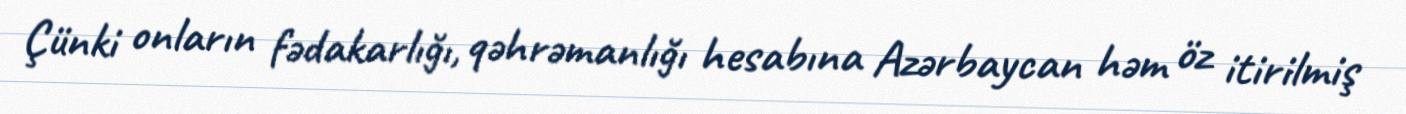
Çünki onların fədakarlığı, qəhrəmanlığı hesabına Azərbaycan həm öz itirilmiş